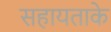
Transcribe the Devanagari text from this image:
सहायताके